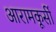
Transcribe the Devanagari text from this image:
आरामकूर्सी